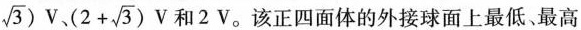
\sqrt{3})V、$$( 2 + \sqrt { 3 } ) V$$和 2V。该正四面体的外接球面上最低、最高